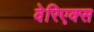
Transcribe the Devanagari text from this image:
वेरिएक्स